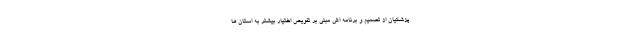
پزشکیان از تصمیم و برنامه اش مبنی بر تفویض اختیار بیشتر به استان ها